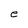
Character: e